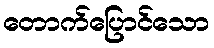
တောက်ပြောင်သော